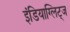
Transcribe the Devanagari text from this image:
इंडियाग्लिट्ज